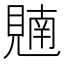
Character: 𫌢